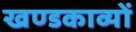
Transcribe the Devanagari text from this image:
खण्डकाव्यों